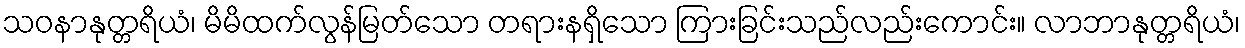
သဝနာနုတ္တရိယံ၊ မိမိထက်လွန်မြတ်သော တရားနရှိသော ကြားခြင်းသည်လည်းကောင်း။ လာဘာနုတ္တရိယံ၊